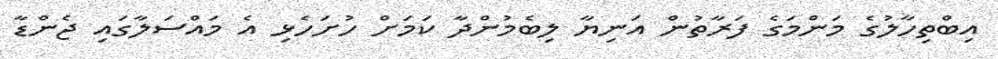
އިބްތިހާލުގެ މަންމަގެ ފަރާތުން އަނިޔާ ލިބެމުންދާ ކަމަށް ހުށަހެޅި އެ މައްސަލާގައި ޖެންޑާ